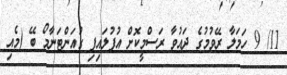
11/ 9 ހަމަލާ ރޭވުމުގެ ދައުވާ ރަސްމީކޮށް އުފުލައިފި ގުއަންޓަނާމޯ ބޭ (މެއި